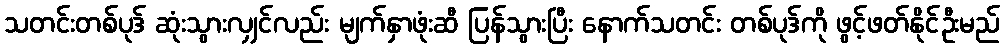
သတင်းတစ်ပုဒ် ဆုံးသွားလျှင်လည်း မျက်နှာဖုံးဆီ ပြန်သွားပြီး နောက်သတင်း တစ်ပုဒ်ကို ဖွင့်ဖတ်နိုင်ဦးမည်